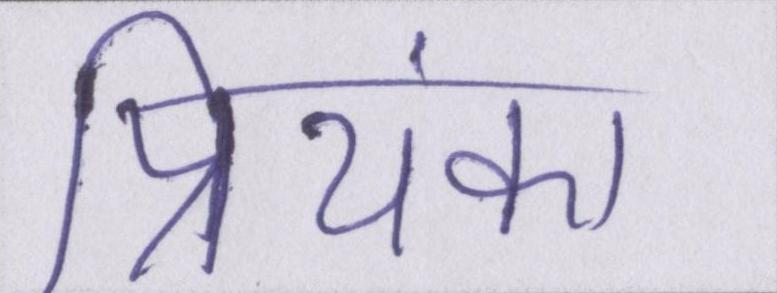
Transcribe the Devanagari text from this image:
प्रियंका